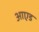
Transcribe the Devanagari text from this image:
आएड